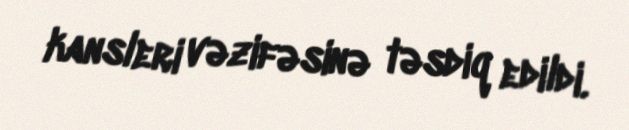
kansleri vəzifəsinə təsdiq edildi.